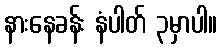
နားနေခန်း နံပါတ် ၃မှာပါ။